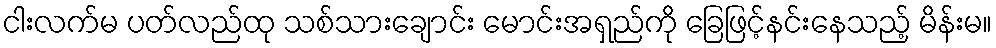
ငါးလက်မ ပတ်လည်ထု သစ်သားချောင်း မောင်းအရှည်ကို ခြေဖြင့်နင်းနေသည့် မိန်းမ။